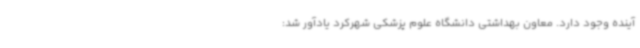
آینده وجود دارد. معاون بهداشتی دانشگاه علوم پزشکی شهرکرد یادآور شد: